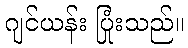
ဂျင်ယန်း ပြုံးသည်။